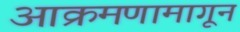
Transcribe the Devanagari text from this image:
आक्रमणामागून